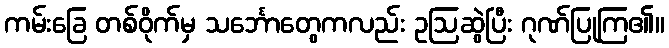
ကမ်းခြေ တစ်ဝိုက်မှ သင်္ဘောတွေကလည်း ဥဩဆွဲပြီး ဂုဏ်ပြုကြ၏။